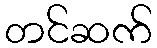
တင်ဆက်